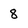
Character: 8